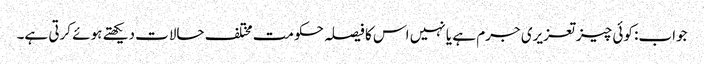
جواب: کوئی چیز تعزیری جرم ہے یا نہیں اس کا فیصلہ حکومت مختلف حالات دیکھتے ہوئے کرتی ہے۔